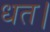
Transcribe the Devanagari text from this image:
धत।